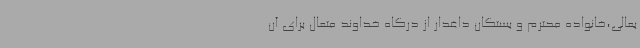
بعالی،خانواده محترم و بستگان داغدار از درگاه خداوند متعال برای آن